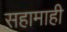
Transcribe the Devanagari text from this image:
सहामाही